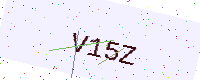
Text: V15Z